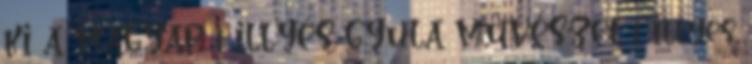
KI A MAGYAR 1 ILLYÉS GYULA MŰVÉSZET 1 Illyés